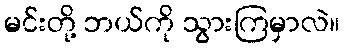
မင်းတို့ ဘယ်ကို သွားကြမှာလဲ။